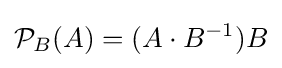
{\mathcal {P}}_{B}(A)=(A\cdot B^{-1})B